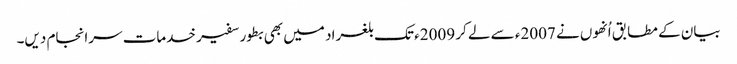
بیان کے مطابق اُنھوں نے 2007ء سے لے کر 2009ء تک بلغراد میں بھی بطور سفیر خدمات سرانجام دیں۔